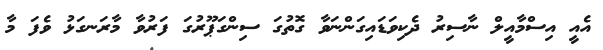
އެއީ އިސްމާއީލް ނާސިރު ދެކިވަޑައިގަންނަވާ ގޮތުގަ ސިންގަޕޫރުގަ ފަރުވާ މާރަނގަޅު ވެފަ މާ